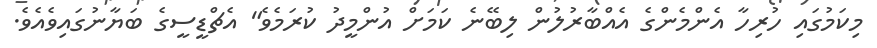
މިކަމުގައި ހުރިހާ އެންމެންގެ އެއްބާރުލުން ލިބޭނެ ކަމަށް އުންމީދު ކުރަމެވެ" އެޗްޑީސީގެ ބަޔާނުގައިވެއެވެ.